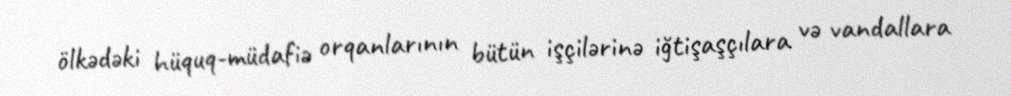
ölkədəki hüquq-müdafiə orqanlarının bütün işçilərinə iğtişaşçılara və vandallara